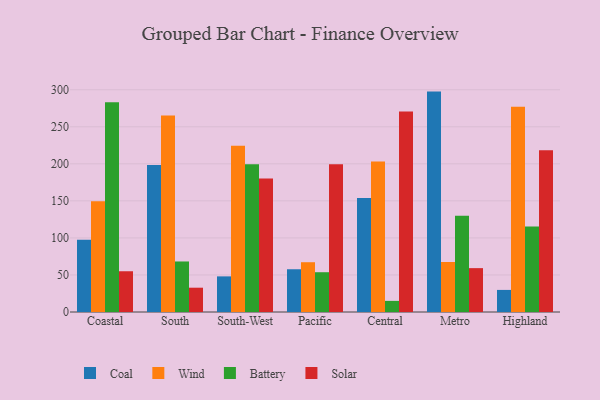
{"axis": {"x": "Region", "y": "Waste Production (Tons)"}, "legend": ["Battery", "Coal", "Solar", "Wind"], "data": [{"x": "Coastal", "y": 97.6, "type": "Coal"}, {"x": "Coastal", "y": 149.5, "type": "Wind"}, {"x": "Coastal", "y": 283.2, "type": "Battery"}, {"x": "Coastal", "y": 55.0, "type": "Solar"}, {"x": "South", "y": 198.5, "type": "Coal"}, {"x": "South", "y": 265.2, "type": "Wind"}, {"x": "South", "y": 68.2, "type": "Battery"}, {"x": "South", "y": 32.8, "type": "Solar"}, {"x": "South-West", "y": 48.1, "type": "Coal"}, {"x": "South-West", "y": 224.4, "type": "Wind"}, {"x": "South-West", "y": 199.6, "type": "Battery"}, {"x": "South-West", "y": 180.2, "type": "Solar"}, {"x": "Pacific", "y": 57.7, "type": "Coal"}, {"x": "Pacific", "y": 67.2, "type": "Wind"}, {"x": "Pacific", "y": 53.7, "type": "Battery"}, {"x": "Pacific", "y": 199.5, "type": "Solar"}, {"x": "Central", "y": 153.9, "type": "Coal"}, {"x": "Central", "y": 203.1, "type": "Wind"}, {"x": "Central", "y": 15.0, "type": "Battery"}, {"x": "Central", "y": 270.8, "type": "Solar"}, {"x": "Metro", "y": 297.5, "type": "Coal"}, {"x": "Metro", "y": 67.5, "type": "Wind"}, {"x": "Metro", "y": 129.8, "type": "Battery"}, {"x": "Metro", "y": 59.2, "type": "Solar"}, {"x": "Highland", "y": 29.8, "type": "Coal"}, {"x": "Highland", "y": 277.0, "type": "Wind"}, {"x": "Highland", "y": 115.4, "type": "Battery"}, {"x": "Highland", "y": 218.2, "type": "Solar"}]}